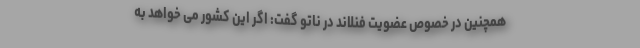
همچنین در خصوص عضویت فنلاند در ناتو گفت: اگر این کشور می خواهد به